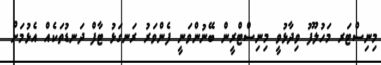
މިނިސްޓަރ މަހުލޫފު ވިދާޅުވީ މިނިސްޓްރީން ބޭނުންވަނީ ފެންވަރު ރަނގަޅު ޓާފް ދަނޑުތަކެއް އެޅުމަށް